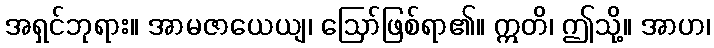
အရှင်ဘုရား။ အာမဇာယေယျ၊ ဩော်ဖြစ်ရာ၏။ ဣတိ၊ ဤသို့။ အာဟ၊